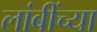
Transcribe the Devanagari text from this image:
लांबींच्या